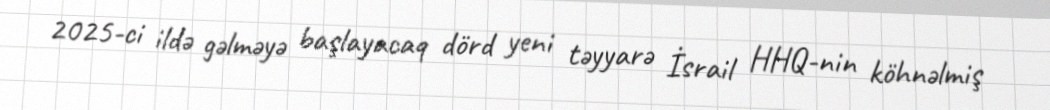
2025-ci ildə gəlməyə başlayacaq dörd yeni təyyarə İsrail HHQ-nin köhnəlmiş